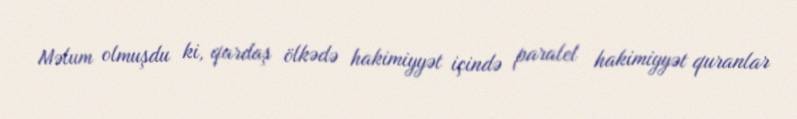
Məlum olmuşdu ki, qardaş ölkədə hakimiyyət içində paralel hakimiyyət quranlar